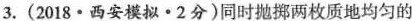
3.(2018·西安模拟·2分)同时抛掷两枚质地均匀的